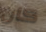
كان